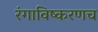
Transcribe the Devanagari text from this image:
रंगाविष्करणच